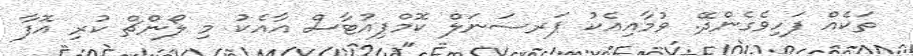
ތަކެއް ފަހިވެގެންދޭ. ވުމާއިއެކު ޕަރސަނަލް ކޮމްޕިއުޓާސް އާއެކު މި ލޯންޗް ކުރި އޮފާ